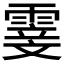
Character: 𮦢